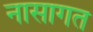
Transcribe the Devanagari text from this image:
नासागत